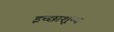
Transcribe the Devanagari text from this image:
इच्छाशून्य